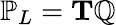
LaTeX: \mathbb{P}_{L}=\mathbf{T}\mathbb{Q}